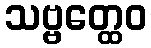
သဗ္ဗတ္ထေဝ